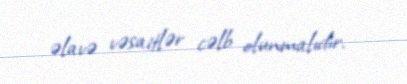
əlavə vəsaitlər cəlb olunmalıdır.